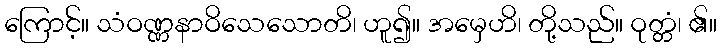
ကြောင့်။ သံဝဏ္ဏနာဝိသေသောတိ၊ ဟူ၍။ အမှေဟိ၊ တို့သည်။ ဝုတ္တံ၊ ၏။